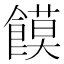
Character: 饃